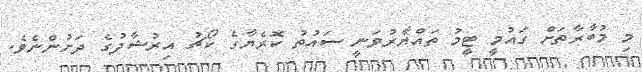
މި މުބާރާތަށް ގައުމީ ޓީމު ތައްޔާރުވަނީ ސައުތު ކޮރެޔާގެ ކޯޗު އިރުޝާދުގެ ދަށުންނެވެ.